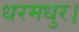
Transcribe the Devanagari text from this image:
धरमधुर।